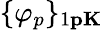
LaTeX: \{ \varphi_{p}\} _{1\le p\le K}